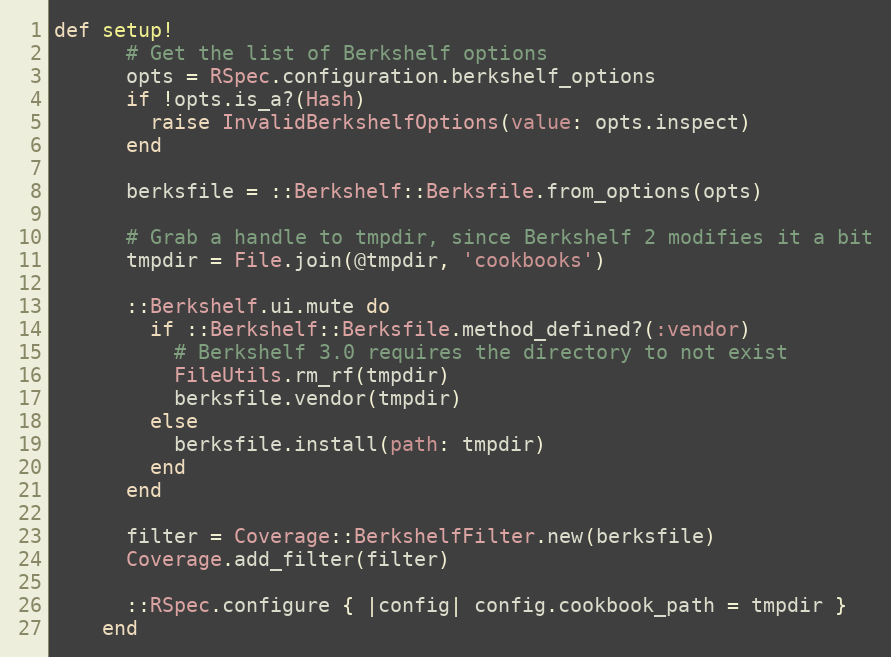
Language: Ruby
def setup!
      # Get the list of Berkshelf options
      opts = RSpec.configuration.berkshelf_options
      if !opts.is_a?(Hash)
        raise InvalidBerkshelfOptions(value: opts.inspect)
      end

      berksfile = ::Berkshelf::Berksfile.from_options(opts)

      # Grab a handle to tmpdir, since Berkshelf 2 modifies it a bit
      tmpdir = File.join(@tmpdir, 'cookbooks')

      ::Berkshelf.ui.mute do
        if ::Berkshelf::Berksfile.method_defined?(:vendor)
          # Berkshelf 3.0 requires the directory to not exist
          FileUtils.rm_rf(tmpdir)
          berksfile.vendor(tmpdir)
        else
          berksfile.install(path: tmpdir)
        end
      end

      filter = Coverage::BerkshelfFilter.new(berksfile)
      Coverage.add_filter(filter)

      ::RSpec.configure { |config| config.cookbook_path = tmpdir }
    end